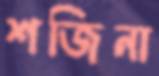
শজিনা